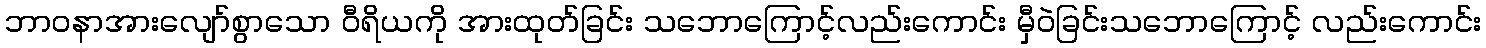
ဘာဝနာအားလျော်စွာသော ဝီရိယကို အားထုတ်ခြင်း သဘောကြောင့်လည်းကောင်း မှီဝဲခြင်းသဘောကြောင့် လည်းကောင်း